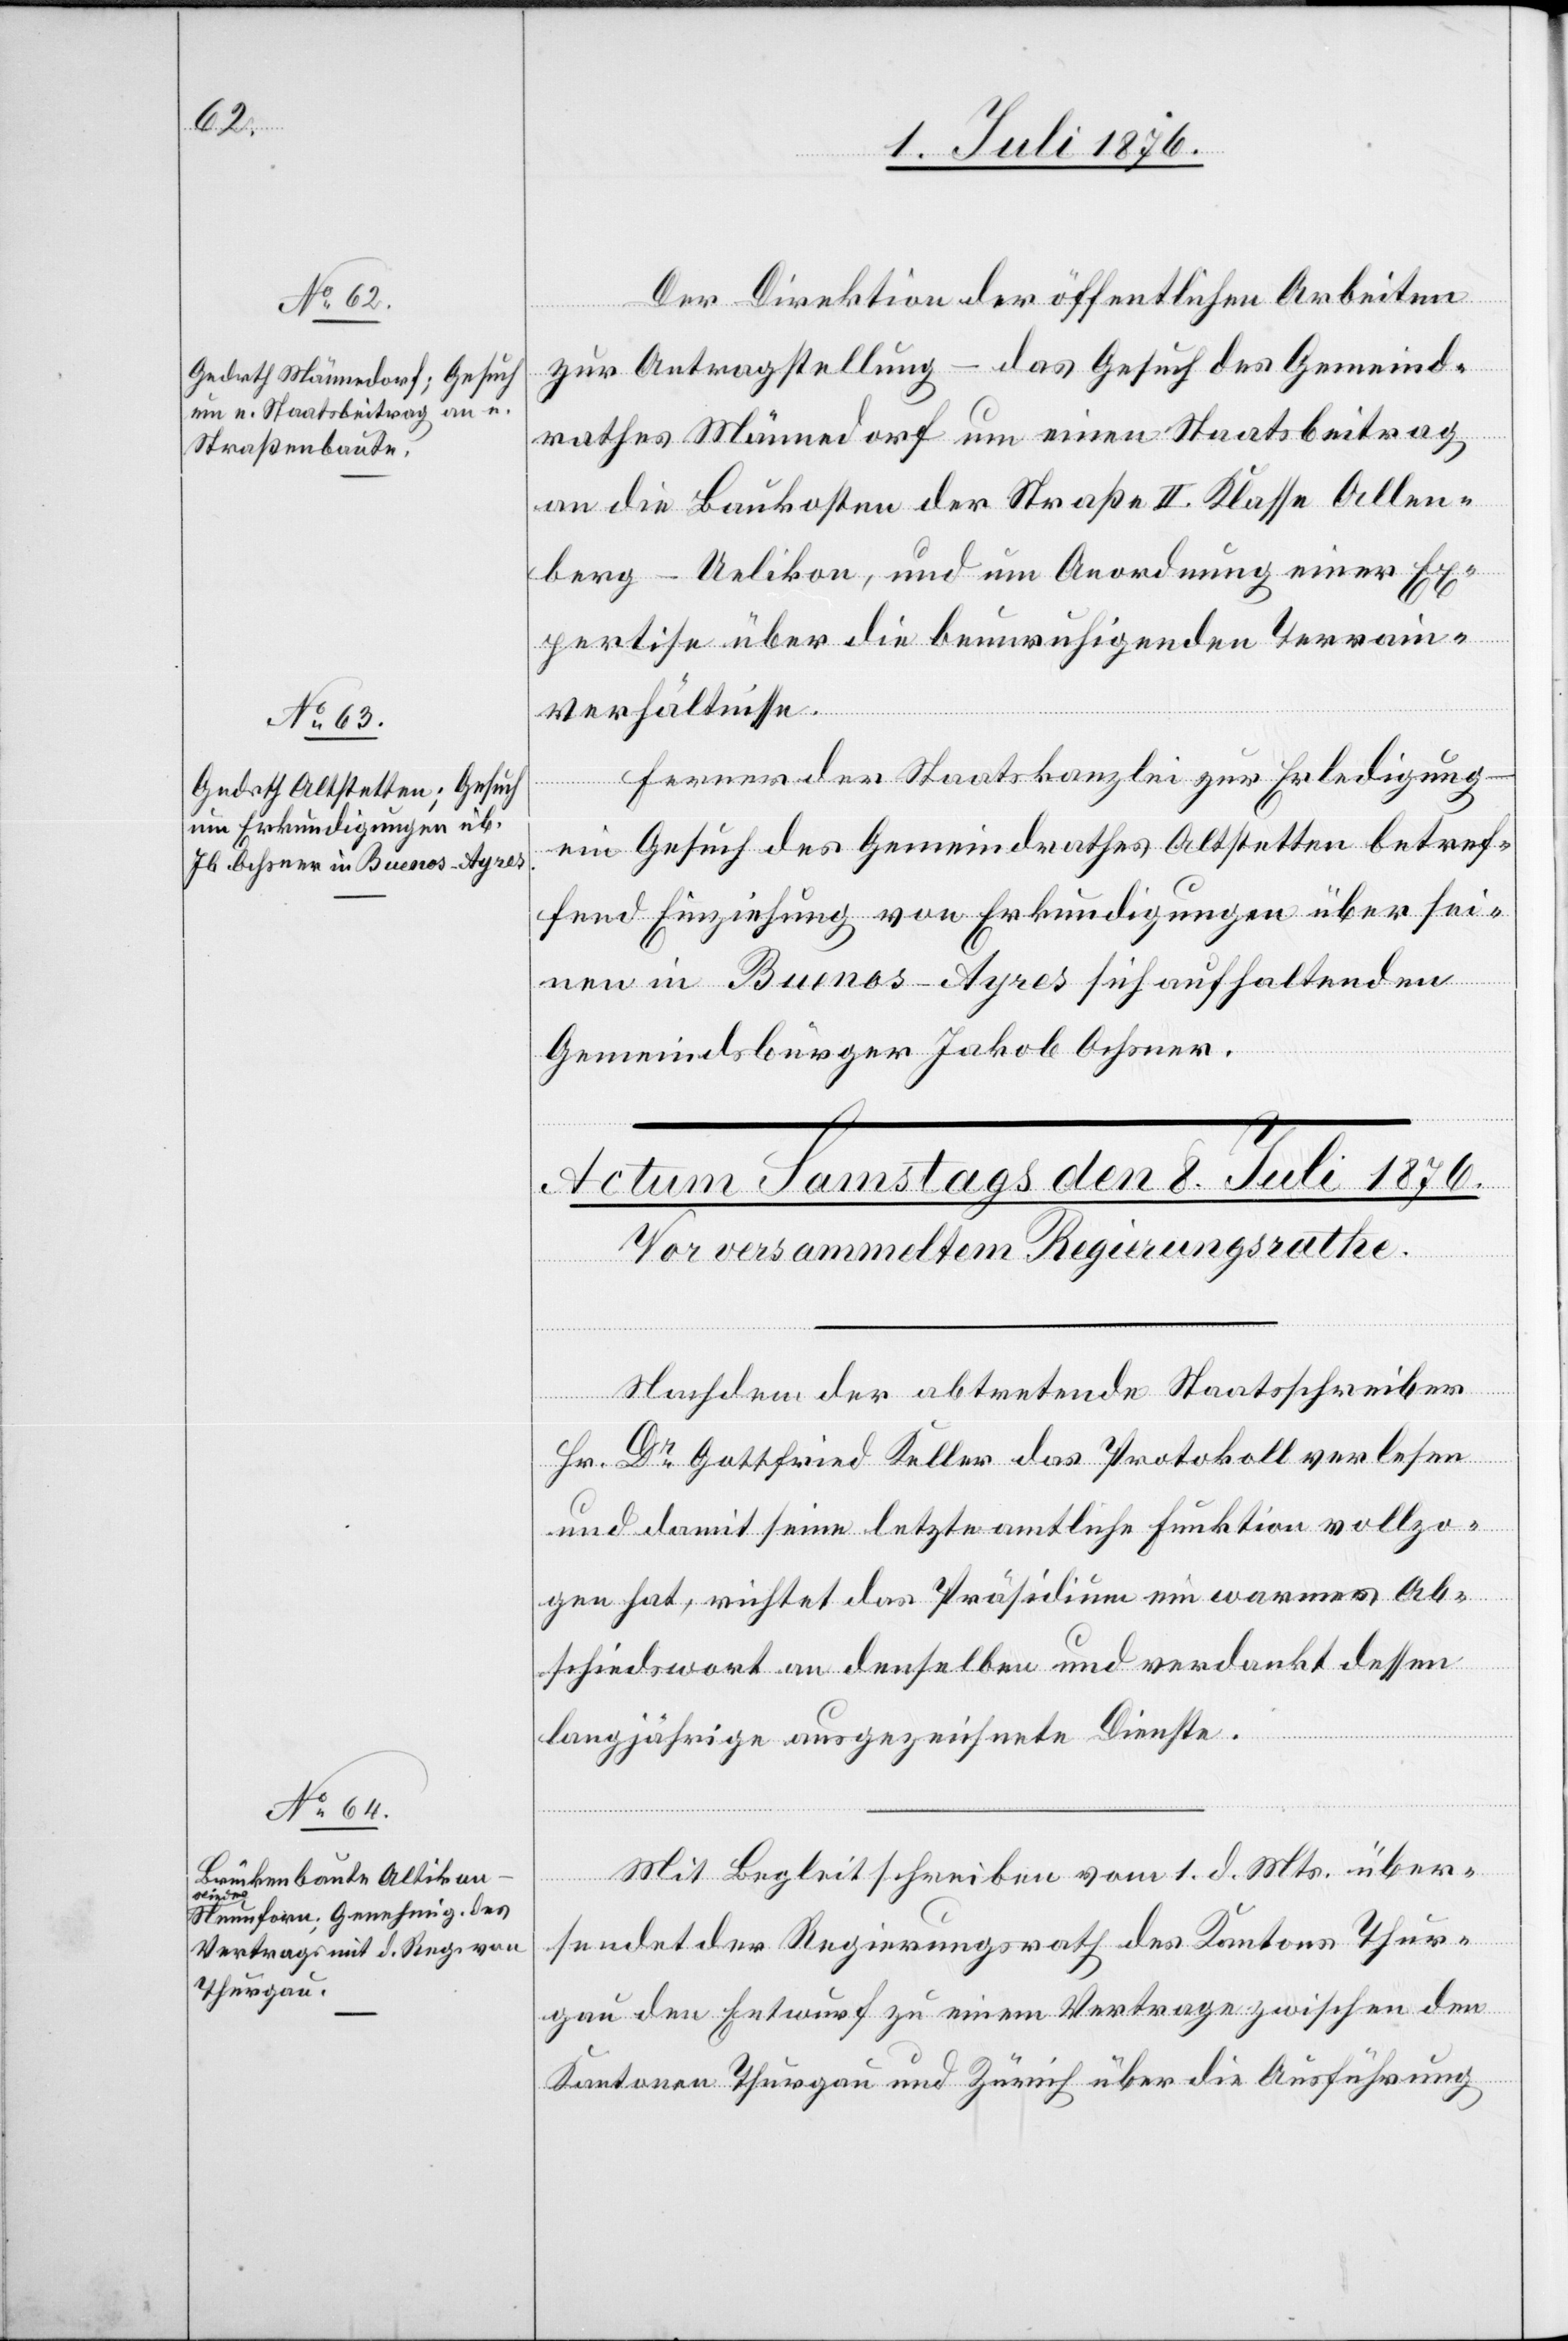
7. Juli 1876]
Der Direktion der öffentlichen Arbeiten
zur Antragstellung – das Gesuch des Gemeind¬
rathes Männedorf um einen Staatsbeitrag
an die Baukosten der Straße II. Klasse Allen¬
berg–Uelikon, und um Anordnung einer Ex¬
pertise über die beunruhigenden Terrain¬
verhältnisse.
Ferner der Staatskanzlei zu Erledigung –
ein Gesuch des Gemeindrathes Altstetten betref¬
fend Einziehung von Erkundigungen über sei¬
nen in Buenos-Ayres sich aufhaltenden
Gemeindsbürger Jakob Ochsner.
Nachdem der abtretende Staatsschreiber
Hr. Dr Gottfried Keller das Protokoll verlesen
und damit seine letzte amtliche Funktion vollzo¬
gen hat, richtet das Präsidium ein warmes Ab¬
schiedswort an denselben und verdankt dessen
langjährige ausgezeichnete[n] Dienste.
Mit Begleitschrieben vom 1. d. Mts. über¬
sendet der Regierungsrath des Kantons Thur¬
gau den Entwurf zu einem Vertrage zwischen den
Kantonen Thurgau und Zürich über die Ausführung